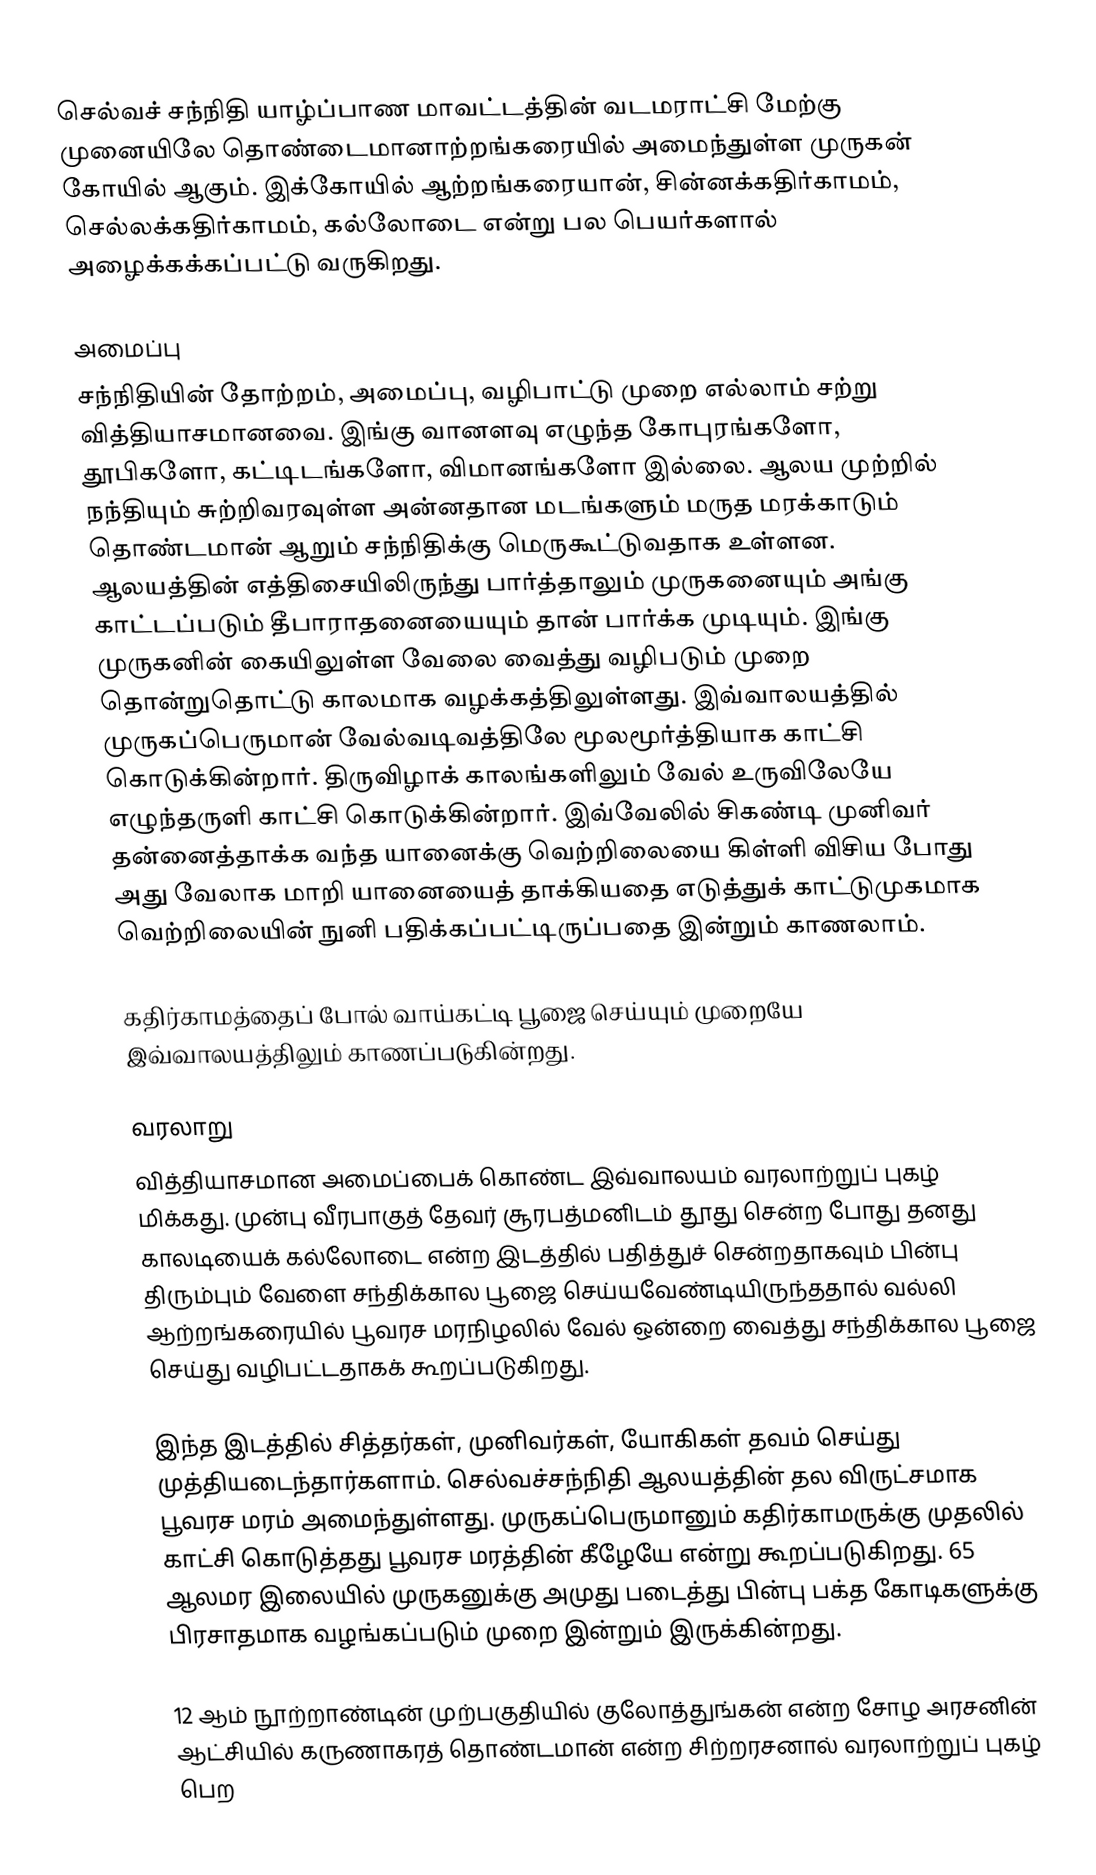
செல்வச் சந்நிதி யாழ்ப்பாண மாவட்டத்தின் வடமராட்சி மேற்கு முனையிலே தொண்டைமானாற்றங்கரையில் அமைந்துள்ள முருகன் கோயில் ஆகும். இக்கோயில் ஆற்றங்கரையான், சின்னக்கதிர்காமம், செல்லக்கதிர்காமம், கல்லோடை என்று பல பெயர்களால் அழைக்கக்கப்பட்டு வருகிறது.

அமைப்பு
சந்நிதியின் தோற்றம், அமைப்பு, வழிபாட்டு முறை எல்லாம் சற்று வித்தியாசமானவை. இங்கு வானளவு எழுந்த கோபுரங்களோ, தூபிகளோ, கட்டிடங்களோ, விமானங்களோ இல்லை. ஆலய முற்றில் நந்தியும் சுற்றிவரவுள்ள அன்னதான மடங்களும் மருத மரக்காடும் தொண்டமான் ஆறும் சந்நிதிக்கு மெருகூட்டுவதாக உள்ளன. ஆலயத்தின் எத்திசையிலிருந்து பார்த்தாலும் முருகனையும் அங்கு காட்டப்படும் தீபாராதனையையும் தான் பார்க்க முடியும். இங்கு முருகனின் கையிலுள்ள வேலை வைத்து வழிபடும் முறை தொன்றுதொட்டு காலமாக வழக்கத்திலுள்ளது. இவ்வாலயத்தில் முருகப்பெருமான் வேல்வடிவத்திலே மூலமூர்த்தியாக காட்சி கொடுக்கின்றார். திருவிழாக் காலங்களிலும் வேல் உருவிலேயே எழுந்தருளி காட்சி கொடுக்கின்றார். இவ்வேலில் சிகண்டி முனிவர் தன்னைத்தாக்க வந்த யானைக்கு வெற்றிலையை கிள்ளி விசிய போது அது வேலாக மாறி யானையைத் தாக்கியதை எடுத்துக் காட்டுமுகமாக வெற்றிலையின் நுனி பதிக்கப்பட்டிருப்பதை இன்றும் காணலாம்.

கதிர்காமத்தைப் போல் வாய்கட்டி பூஜை செய்யும் முறையே இவ்வாலயத்திலும் காணப்படுகின்றது.

வரலாறு
வித்தியாசமான அமைப்பைக் கொண்ட இவ்வாலயம் வரலாற்றுப் புகழ் மிக்கது. முன்பு வீரபாகுத் தேவர் சூரபத்மனிடம் தூது சென்ற போது தனது காலடியைக் கல்லோடை என்ற இடத்தில் பதித்துச் சென்றதாகவும் பின்பு திரும்பும் வேளை சந்திக்கால பூஜை செய்யவேண்டியிருந்ததால் வல்லி ஆற்றங்கரையில் பூவரச மரநிழலில் வேல் ஒன்றை வைத்து சந்திக்கால பூஜை செய்து வழிபட்டதாகக் கூறப்படுகிறது.

இந்த இடத்தில் சித்தர்கள், முனிவர்கள், யோகிகள் தவம் செய்து முத்தியடைந்தார்களாம். செல்வச்சந்நிதி ஆலயத்தின் தல விருட்சமாக பூவரச மரம் அமைந்துள்ளது. முருகப்பெருமானும் கதிர்காமருக்கு முதலில் காட்சி கொடுத்தது பூவரச மரத்தின் கீழேயே என்று கூறப்படுகிறது. 65 ஆலமர இலையில் முருகனுக்கு அமுது படைத்து பின்பு பக்த கோடிகளுக்கு பிரசாதமாக வழங்கப்படும் முறை இன்றும் இருக்கின்றது.

12 ஆம் நூற்றாண்டின் முற்பகுதியில் குலோத்துங்கன் என்ற சோழ அரசனின் ஆட்சியில் கருணாகரத் தொண்டமான் என்ற சிற்றரசனால் வரலாற்றுப் புகழ் பெற